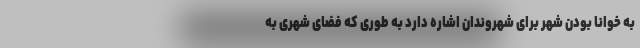
به خوانا بودن شهر برای شهروندان اشاره دارد به طوری که فضای شهری به